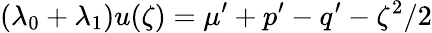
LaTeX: (\lambda_{0}+\lambda_{1})u(\zeta)=\mu^{\prime}+p^{\prime}-q^{\prime}-\zeta^{2}/2